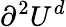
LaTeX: \partial^{2}U^{d}